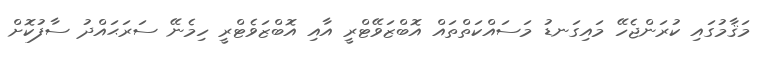
މަޤާމުގައި ކުރަންޖެހޭ މައިގަނޑު މަސައްކަތްތައް އޮބްޒަވޭޓްރީ އާއި އޮބްޒަވެޓްރީ ހިމެނޭ ސަރަޙައްދު ސާފުކޮށް